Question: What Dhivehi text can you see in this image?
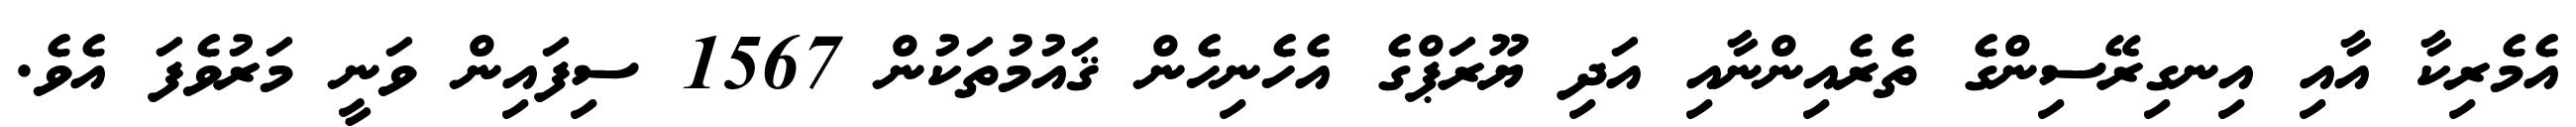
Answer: އެމެރިކާ އާއި އިނގިރޭސިންގެ ތެރެއިންނާއި އަދި ޔޫރަޕްގެ އެހެނިހެން ޤައުމުތަކުން 1567 ސިފައިން ވަނީ މަރުވެފަ އެވެ.